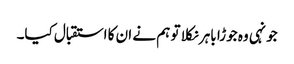
جونہی وہ جوڑا باہر نکلا تو ہم نے ان کا استقبال کیا۔